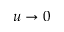
u \rightarrow 0